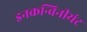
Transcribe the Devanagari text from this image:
इनकन्विनीयंट